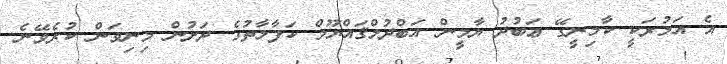
އެ އަމުރަކީ ކާމިނީގޭ ޢަބުދު ޔާމީން އަބްދުލްޤައްޔޫމް ކަފާލާތުގެ ދަށުން މިނިވަން ކުރެވޭނެ